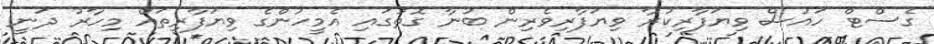
ގެސްޓް ހައުސް ވިޔަފާރިކުރާ ވިޔަފާރިވެރިން ބުނާ ގޮތުގައި އެމީހުންގެ ވިޔަފާރިތައް މިހާރު ދަނީ